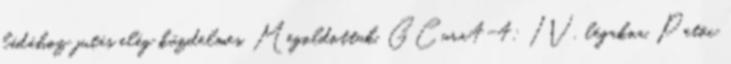
ládához jutás elég küzdelmes. Megoldottuk. GCura4-4: IV. légakna, Petöc